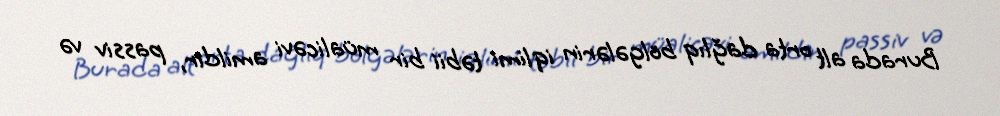
Burada alt orta dağlıq bölgələrin iqlimi təbii bir müalicəvi amildir, passiv və